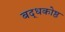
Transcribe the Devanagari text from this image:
बद्धकोष्ठ